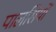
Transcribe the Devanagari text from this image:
पालसियों